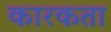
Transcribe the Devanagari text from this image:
कारकता